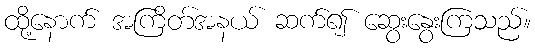
ထို့နောက် အကြိတ်အနယ် ဆက်၍ ဆွေးနွေးကြသည်။